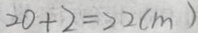
2 0 + 2 = 2 2 ( m )